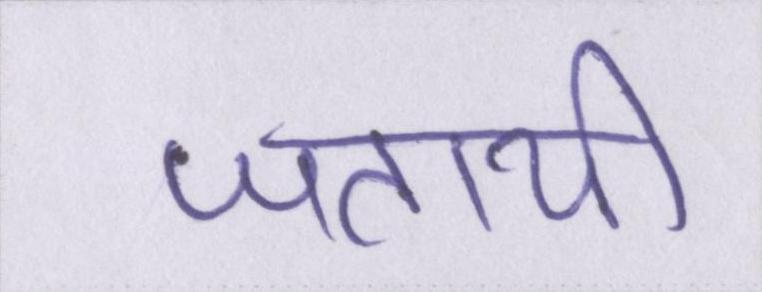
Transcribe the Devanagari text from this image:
जतायी